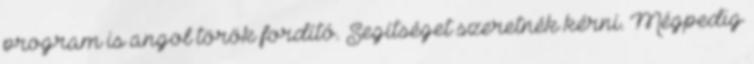
program is angol török fordító. Segítséget szeretnék kérni. Mégpedig